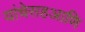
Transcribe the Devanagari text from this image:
यांचेसहआणि